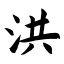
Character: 洪